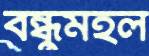
বন্ধুমহল